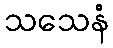
သသေနံ